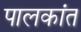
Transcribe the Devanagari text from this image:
पालकांत